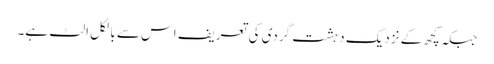
جبکہ کچھ کے نزدیک دہشت گردی کی تعریف اس سے بالکل الٹ ہے۔